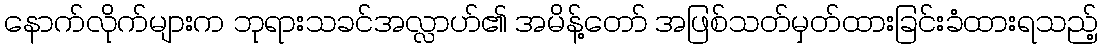
နောက်လိုက်များက ဘုရားသခင်အလ္လာဟ်၏ အမိန့်တော် အဖြစ်သတ်မှတ်ထားခြင်းခံထားရသည့်